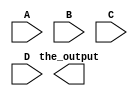
module my_third_circuit(the_output,A,B,C,D);
  
	input A, B, C, D ;
	output the_output;

	wire wire_not_c, wire_3, wire_4;

	not gate_not_1(wire_not_c, C);
	or gate_or(wire_not_c, wire_3, A);
	not gate_not_2(wire_3, the_output);

endmodule